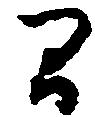
間